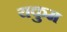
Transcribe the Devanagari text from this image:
यकुम